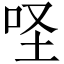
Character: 𠱅